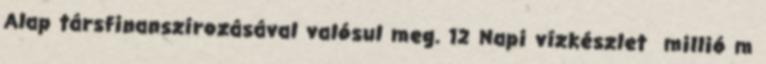
Alap társfinanszírozásával valósul meg. 12 Napi vízkészlet millió m